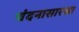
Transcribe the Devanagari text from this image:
चंदनासारखा